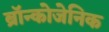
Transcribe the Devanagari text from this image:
ब्रॉन्कोजेनिक